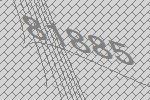
81885